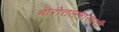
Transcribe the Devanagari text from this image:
भारोत्तलनासाठी